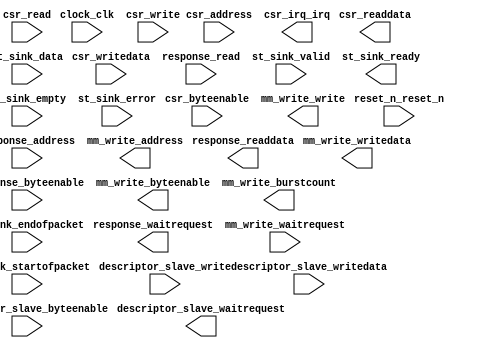
module dma_rx (
		input  wire         clock_clk,                    //            clock.clk
		input  wire         reset_n_reset_n,              //          reset_n.reset_n
		input  wire [31:0]  csr_writedata,                //              csr.writedata
		input  wire         csr_write,                    //                 .write
		input  wire [3:0]   csr_byteenable,               //                 .byteenable
		output wire [31:0]  csr_readdata,                 //                 .readdata
		input  wire         csr_read,                     //                 .read
		input  wire [2:0]   csr_address,                  //                 .address
		input  wire         descriptor_slave_write,       // descriptor_slave.write
		output wire         descriptor_slave_waitrequest, //                 .waitrequest
		input  wire [255:0] descriptor_slave_writedata,   //                 .writedata
		input  wire [31:0]  descriptor_slave_byteenable,  //                 .byteenable
		output wire         response_waitrequest,         //         response.waitrequest
		input  wire [3:0]   response_byteenable,          //                 .byteenable
		input  wire         response_address,             //                 .address
		output wire [31:0]  response_readdata,            //                 .readdata
		input  wire         response_read,                //                 .read
		output wire         csr_irq_irq,                  //          csr_irq.irq
		output wire [31:0]  mm_write_address,             //         mm_write.address
		output wire         mm_write_write,               //                 .write
		output wire [31:0]  mm_write_byteenable,          //                 .byteenable
		output wire [255:0] mm_write_writedata,           //                 .writedata
		input  wire         mm_write_waitrequest,         //                 .waitrequest
		output wire [7:0]   mm_write_burstcount,          //                 .burstcount
		input  wire [255:0] st_sink_data,                 //          st_sink.data
		input  wire         st_sink_valid,                //                 .valid
		output wire         st_sink_ready,                //                 .ready
		input  wire         st_sink_startofpacket,        //                 .startofpacket
		input  wire         st_sink_endofpacket,          //                 .endofpacket
		input  wire [4:0]   st_sink_empty,                //                 .empty
		input  wire [7:0]   st_sink_error                 //                 .error
	);
endmodule